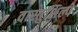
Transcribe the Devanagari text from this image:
वास्तुशिल्पे